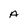
Character: A